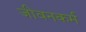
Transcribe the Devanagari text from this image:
जीवनकर्म